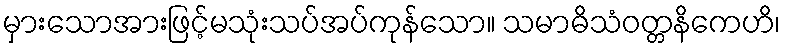
မှားသောအားဖြင့်မသုံးသပ်အပ်ကုန်သော။ သမာဓိသံဝတ္တနိကေဟိ၊